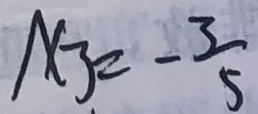
x _ { 3 } = - \frac { 3 } { 5 }